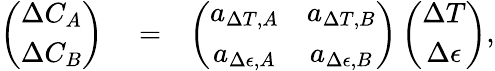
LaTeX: \begin{array}{rlr}{\left(\begin{array}{c}{\Delta C_{A}}\\ {\Delta C_{B}}\end{array}\right)}&{{}=}&{\left(\begin{array}{cc}{a_{\Delta T,A}}&{a_{\Delta T,B}}\\ {a_{\Delta\epsilon,A}}&{a_{\Delta\epsilon,B}}\end{array}\right)\left(\begin{array}{c}{\Delta T}\\ {\Delta\epsilon}\end{array}\right),}\end{array}